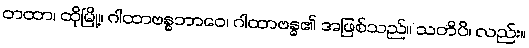
တထာ၊ ထိုမြို့။ ဂါထာဗန္ဓဘာဝေ၊ ဂါထာဗန္ဓ၏ အဖြစ်သည်။ သတိပိ၊ လည်း။